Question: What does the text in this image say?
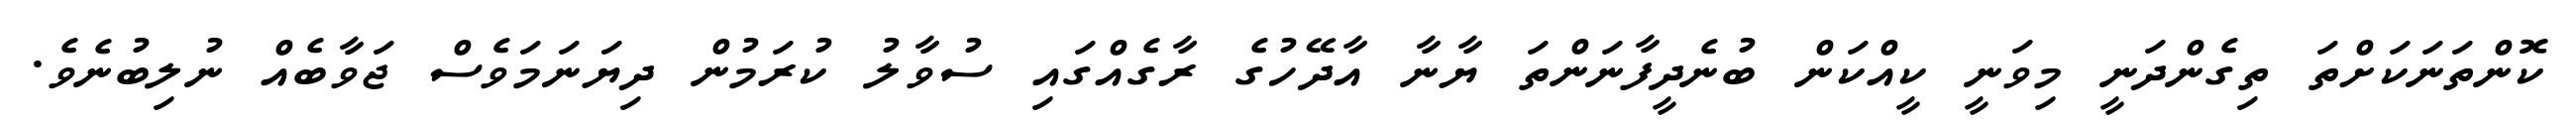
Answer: ކޮންތަނަކަށްތަ ތިގެންދަނީ މިވަނީ ކީއްކަން ބުނެދީފާނަންތަ ޔާނާ އާދޭހުގެ ރާގެއްގައި ސުވާލު ކުރަމުން ދިޔަނަމަވެސް ޖަވާބެއް ނުލިބުނެވެ.